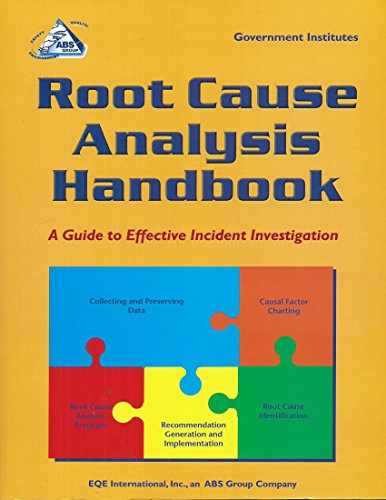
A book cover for Root Cause Analysis Handbook: A Guide to Effective Incident Investigation; ABS Group Inc., Risk and Reliability Division; Health, Fitness & Dieting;